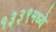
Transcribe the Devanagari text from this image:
१३३९मध्ये